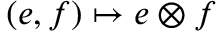
( e , f ) \mapsto e \otimes f